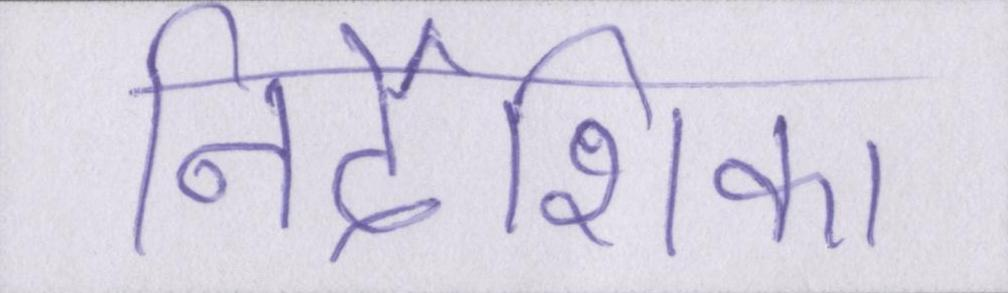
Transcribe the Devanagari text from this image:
निर्देशिका